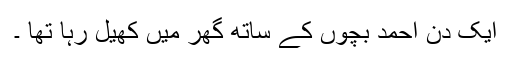
ایک دن احمد بچوں کے ساتھ گھر میں کھیل رہا تھا ۔